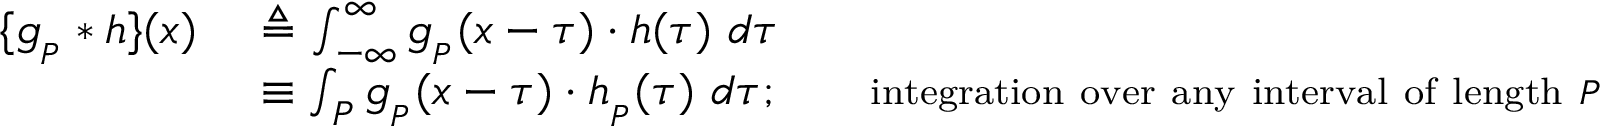
{ \begin{array} { r l } { \{ g _ { _ { P } } * h \} ( x ) \ } & { \triangleq \int _ { - \infty } ^ { \infty } g _ { _ { P } } ( x - \tau ) \cdot h ( \tau ) \ d \tau } \\ & { \equiv \int _ { P } g _ { _ { P } } ( x - \tau ) \cdot h _ { _ { P } } ( \tau ) \ d \tau ; \quad \quad \scriptstyle { \mathrm { i n t e g r a t i o n ~ o v e r ~ a n y ~ i n t e r v a l ~ o f ~ l e n g t h ~ } } P } \end{array} }